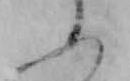
ふ